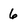
Character: 6